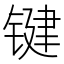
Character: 键